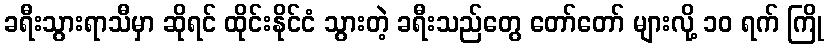
ခရီးသွားရာသီမှာ ဆိုရင် ထိုင်းနိုင်ငံ သွားတဲ့ ခရီးသည်တွေ တော်တော် များလို့ ၁၀ ရက် ကြို